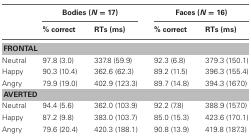
|  | <COLSPAN=2> Bodies (N = 17) | <COLSPAN=2> Faces (N = 16) |
 |  | % correct | RTs (ms) | % correct | RTs (ms) |
 | --- | --- | --- | --- | --- |
 | <COLSPAN=5> FRONTAL |
 | Neutral | 97.8 (3.0) | 337.8 (59.9) | 92.3 (6.8) | 379.3 (150.1) |
 | Happy | 90.3 (10.4) | 362.6 (62.3) | 89.2 (11.5) | 396.3 (155.4) |
 | Angry | 79.9 (19.0) | 402.9 (123.3) | 89.7 (14.8) | 394.3 (167.0) |
 | <COLSPAN=5> AVERTED |
 | Neutral | 94.4 (5.6) | 362.0 (103.9) | 92.2 (7.8) | 388.9 (157.0) |
 | Happy | 87.2 (9.8) | 383.0 (103.7) | 85.0 (15.3) | 423.6 (170.1) |
 | Angry | 79.6 (20.4) | 420.3 (188.1) | 90.8 (13.9) | 419.8 (187.3) |